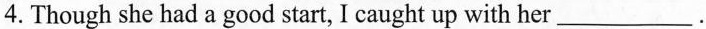
4.Though she had a good start, I caught up with her___.